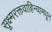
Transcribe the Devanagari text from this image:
सूक्ष्मरक्तवाहिन्यामधून